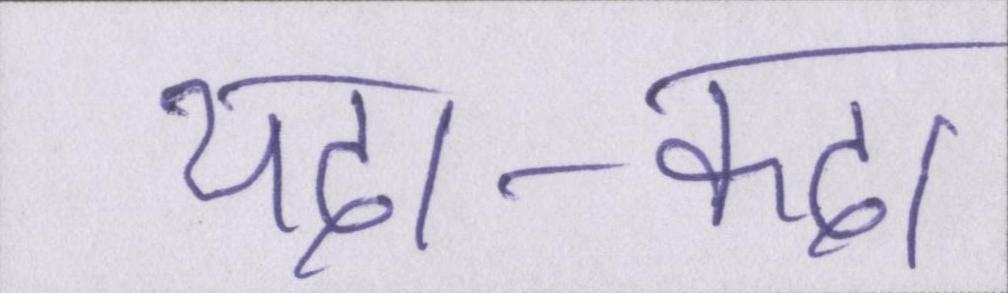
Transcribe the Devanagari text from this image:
यदा-कदा